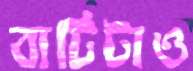
বাটিটাও